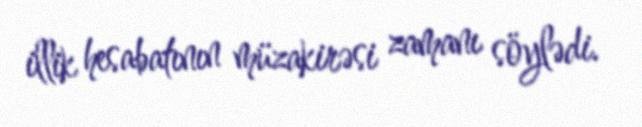
illik hesabatının müzakirəsi zamanı söylədi.